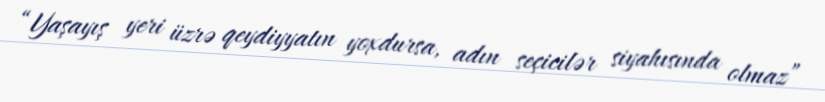
“Yaşayış yeri üzrə qeydiyyatın yoxdursa, adın seçicilər siyahısında olmaz”